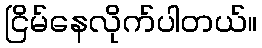
ငြိမ်နေလိုက်ပါတယ်။